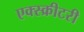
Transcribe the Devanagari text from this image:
एक्स्क्रीटरी